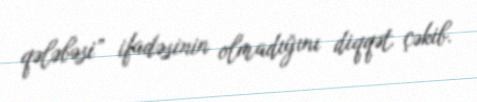
qələbəsi” ifadəsinin olmadığını diqqət çəkib.